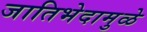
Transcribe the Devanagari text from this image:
जातिभेदामुळे